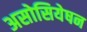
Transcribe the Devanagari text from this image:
असोसियेषन